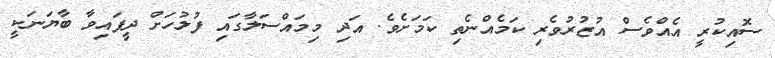
ސޮއިކުރީ އެއްވެސް އުޒުރުވެރި ކަމެއްނެތި ކަމަށެވެ. އަދި މިމައްސަލާގައި ފުލުހަށް ދީފައިވާ ބާޔަނަކީ